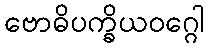
ဗောဓိပက္ခိယဝဂ္ဂေါ